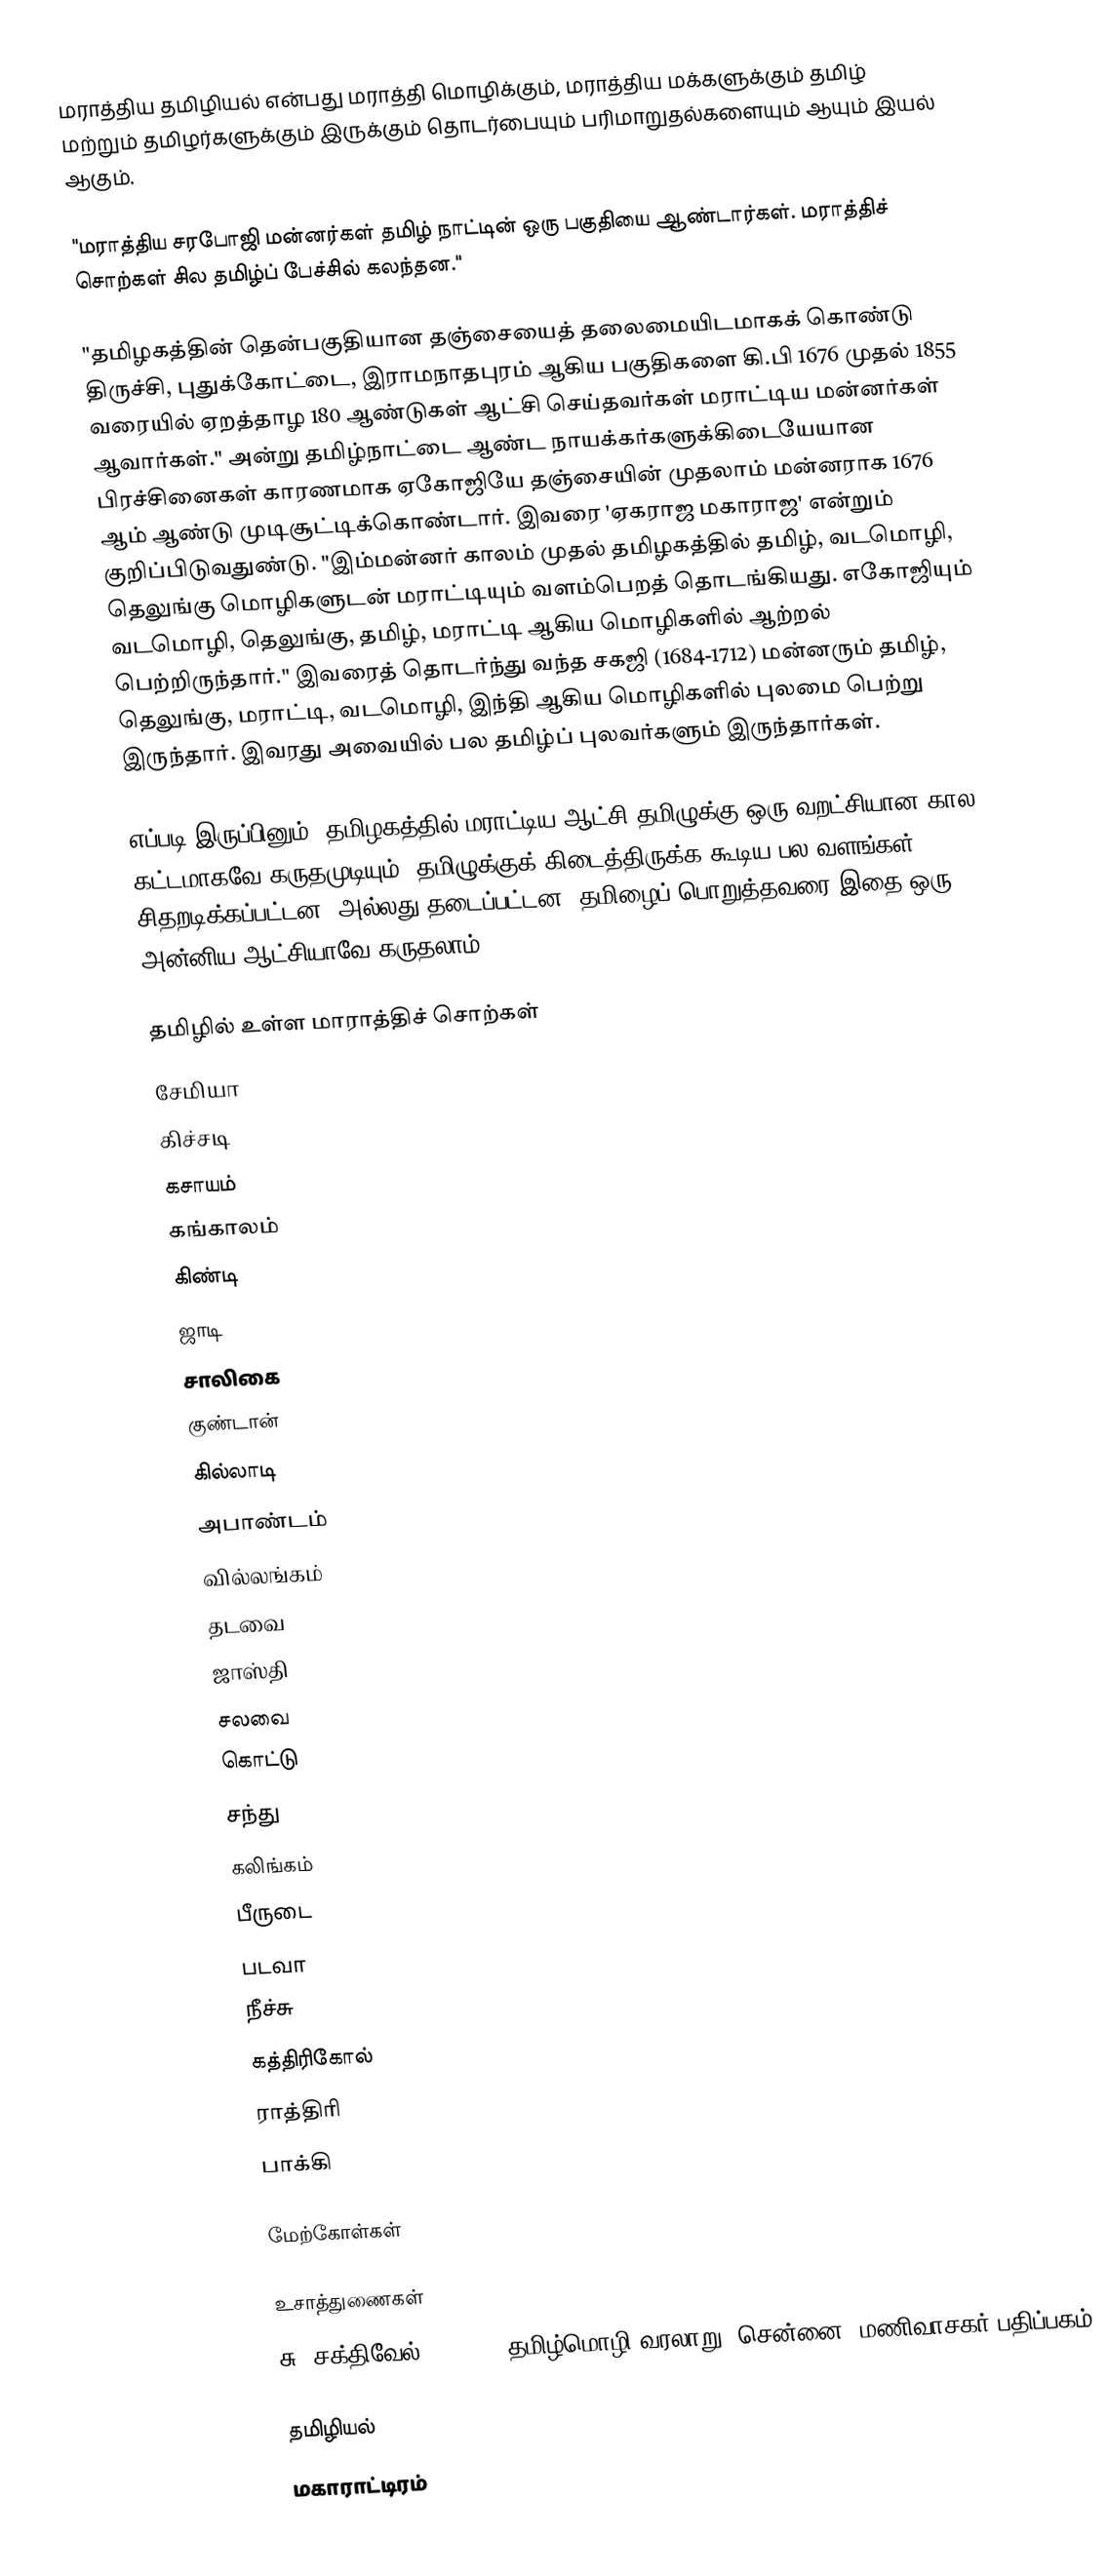
மராத்திய தமிழியல் என்பது மராத்தி மொழிக்கும், மராத்திய மக்களுக்கும் தமிழ் மற்றும் தமிழர்களுக்கும் இருக்கும் தொடர்பையும் பரிமாறுதல்களையும் ஆயும் இயல் ஆகும்.

"மராத்திய சரபோஜி மன்னர்கள் தமிழ் நாட்டின் ஒரு பகுதியை ஆண்டார்கள்.  மராத்திச் சொற்கள் சில தமிழ்ப் பேச்சில் கலந்தன."

"தமிழகத்தின் தென்பகுதியான தஞ்சையைத் தலைமையிடமாகக் கொண்டு திருச்சி, புதுக்கோட்டை, இராமநாதபுரம் ஆகிய பகுதிகளை கி.பி 1676 முதல் 1855 வரையில் ஏறத்தாழ 180 ஆண்டுகள் ஆட்சி செய்தவர்கள் மராட்டிய மன்னர்கள் ஆவார்கள்."  அன்று தமிழ்நாட்டை ஆண்ட நாயக்கர்களுக்கிடையேயான பிரச்சினைகள் காரணமாக ஏகோஜியே தஞ்சையின் முதலாம் மன்னராக 1676 ஆம் ஆண்டு முடிசூட்டிக்கொண்டார்.  இவரை 'ஏகராஜ மகாராஜ' என்றும் குறிப்பிடுவதுண்டு.  "இம்மன்னர் காலம் முதல் தமிழகத்தில் தமிழ், வடமொழி, தெலுங்கு மொழிகளுடன் மராட்டியும் வளம்பெறத் தொடங்கியது.  எகோஜியும் வடமொழி, தெலுங்கு, தமிழ், மராட்டி ஆகிய மொழிகளில் ஆற்றல் பெற்றிருந்தார்."  இவரைத் தொடர்ந்து வந்த சகஜி (1684-1712) மன்னரும் தமிழ், தெலுங்கு, மராட்டி, வடமொழி, இந்தி ஆகிய மொழிகளில் புலமை பெற்று இருந்தார்.  இவரது அவையில் பல தமிழ்ப் புலவர்களும் இருந்தார்கள்.

எப்படி இருப்பினும், தமிழகத்தில் மராட்டிய ஆட்சி தமிழுக்கு ஒரு வறட்சியான கால கட்டமாகவே கருதமுடியும்.  தமிழுக்குக் கிடைத்திருக்க கூடிய பல வளங்கள் சிதறடிக்கப்பட்டன, அல்லது தடைப்பட்டன.  தமிழைப் பொறுத்தவரை இதை ஒரு அன்னிய ஆட்சியாவே கருதலாம்.

தமிழில் உள்ள மாராத்திச் சொற்கள்
 சேமியா
 கிச்சடி
 கசாயம்
 கங்காலம்
 கிண்டி
 ஜாடி
 சாலிகை
 குண்டான்
 கில்லாடி
 அபாண்டம்
 வில்லங்கம்
 தடவை
 ஜாஸ்தி
 சலவை
 கொட்டு
 சந்து
 கலிங்கம்
 பீருடை
 படவா
 நீச்சு
 கத்திரிகோல்
 ராத்திரி
 பாக்கி

மேற்கோள்கள்

உசாத்துணைகள்
 சு. சக்திவேல். (1984). தமிழ்மொழி வரலாறு. சென்னை: மணிவாசகர் பதிப்பகம்.

தமிழியல்
மகாராட்டிரம்